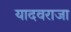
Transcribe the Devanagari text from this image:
यादवराजा